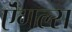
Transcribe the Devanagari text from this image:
ऎंगल्स